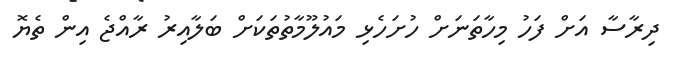
ދިރާސާ އަށް ފަހު މިހާތަނަށް ހުށަހެޅި މައުލޫމާތުތަކަށް ބަލާއިރު ރާއްޖެ އިން ތެޔޮ